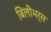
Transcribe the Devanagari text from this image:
बिलीभर्स